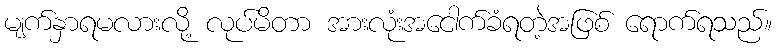
မျက်နှာရမလားလို့ လုပ်မိတာ အားလုံးအငေါက်ခံရတဲ့အဖြစ် ရောက်ရသည်။